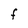
Character: F